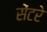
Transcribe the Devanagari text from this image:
सेंटरे